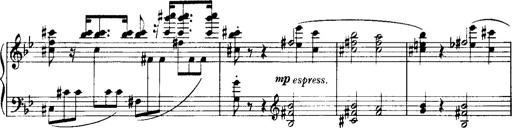
Title: Historische ungarische Bildnisse
Composer: Franz Liszt